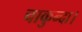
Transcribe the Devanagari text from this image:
चाकुन्दा।